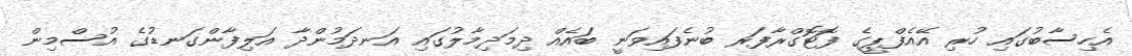
އެހިސާބުގައި ހުރި އޭއެފްޕީގެ ފޮޓޮގްރާފަރ ބުނެފައިވަނީ ބައެއް ދިމަދިމާލުގައި އަނދަމުންދާ އަލިފާންގަނޑުގެ އުސްމިން